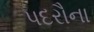
પદરૌના